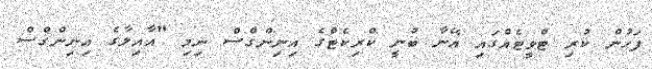
ފަހުން ކުރި ޓްވީޓެއްގައި އޭނާ ބުނީ ކްރިކެޓްގެ އިނިންގްސް ނިމި "އާއިލާގެ އިނިންގްސް